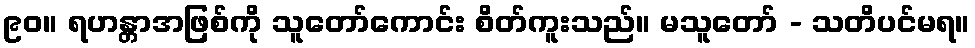
၉၀။ ရဟန္တာအဖြစ်ကို သူတော်ကောင်း စိတ်ကူးသည်။ မသူတော် - သတိပင်မရ။